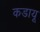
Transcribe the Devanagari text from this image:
कडायू